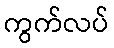
ကွက်လပ်